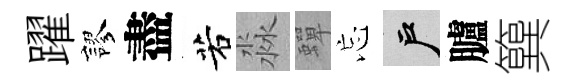
躍謬盡若淼蟬忘户臚簨